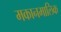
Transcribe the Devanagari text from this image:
मकानमालिक